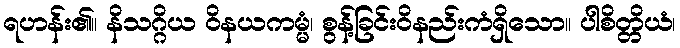
ရဟန်း၏။ နိသဂ္ဂိယ ဝိနယကမ္မံ၊ စွန့်ခြင်းဝိနည်းကံရှိသော။ ပါစိတ္တိယံ၊